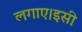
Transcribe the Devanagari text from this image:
लगाए।इसी